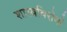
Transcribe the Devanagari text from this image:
शास्त्रविरोधी